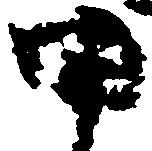
甲